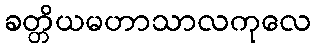
ခတ္တိယမဟာသာလကုလေ